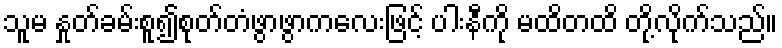
သူမ နှုတ်ခမ်းစူ၍စုတ်တံဖွာဖွာကလေးဖြင့် ပါးနီကို မထိတထိ တို့လိုက်သည်။